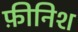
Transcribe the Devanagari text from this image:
फ़ीनिश